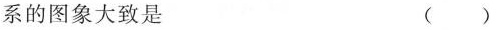
系的图象大致是 （ ）